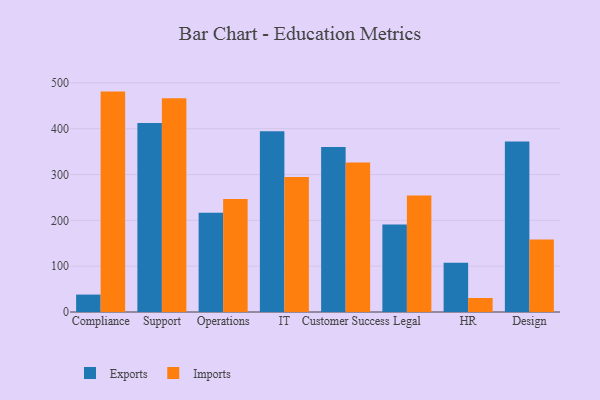
{"axis": {"x": "Department", "y": "Budget (USD K)"}, "legend": ["Exports", "Imports"], "data": [{"x": "Compliance", "y": 38.0, "type": "Exports"}, {"x": "Compliance", "y": 481.0, "type": "Imports"}, {"x": "Support", "y": 412.2, "type": "Exports"}, {"x": "Support", "y": 466.5, "type": "Imports"}, {"x": "Operations", "y": 216.4, "type": "Exports"}, {"x": "Operations", "y": 246.6, "type": "Imports"}, {"x": "IT", "y": 394.6, "type": "Exports"}, {"x": "IT", "y": 294.4, "type": "Imports"}, {"x": "Customer Success", "y": 360.1, "type": "Exports"}, {"x": "Customer Success", "y": 326.1, "type": "Imports"}, {"x": "Legal", "y": 191.1, "type": "Exports"}, {"x": "Legal", "y": 254.4, "type": "Imports"}, {"x": "HR", "y": 107.4, "type": "Exports"}, {"x": "HR", "y": 30.5, "type": "Imports"}, {"x": "Design", "y": 371.9, "type": "Exports"}, {"x": "Design", "y": 158.0, "type": "Imports"}]}